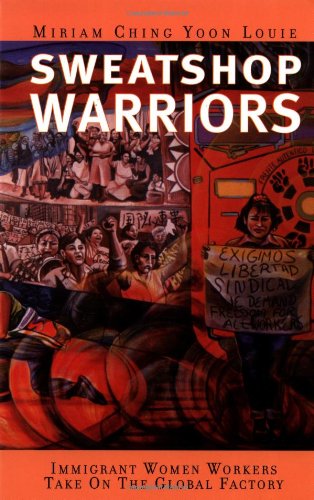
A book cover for Sweatshop Warriors: Immigrant Women Workers Take On the Global Factory; Miriam Ching Yoon Louie; Business & Money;